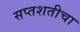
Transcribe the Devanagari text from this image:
सप्तशतीचा